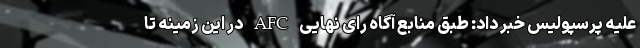
علیه پرسپولیس خبر داد: طبق منابع آگاه رای نهایی AFC در این زمینه تا